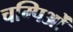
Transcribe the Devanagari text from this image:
चम्पिओं